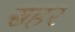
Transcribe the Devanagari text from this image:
सहर